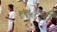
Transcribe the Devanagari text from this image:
१९५१ची